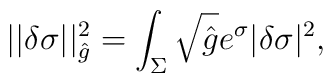
||\delta \sigma ||^2_{\hat g}=\int_\Sigma \sqrt{\hat g} e^\sigma |\delta \sigma|^2,